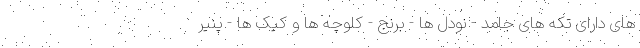
های دارای تکه های جامد - نودل ها - برنج - کلوچه ها و کیک ها - پنیر